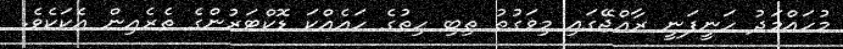
މުހައްމަދު ހަނީފަނީ ރާއްޖޭގައި މިވަގުތު ތިބި ހިތުގެ ހައެއްކަ ޑޮކްޓަރުންގެ ތެރެއިން އެކަކެވެ.